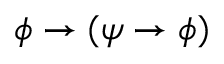
\phi \to ( \psi \to \phi )